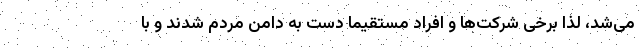
می‌شد، لذا برخی شرکت‌ها و افراد مستقیماً دست به دامن مردم شدند و با